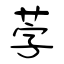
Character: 茡